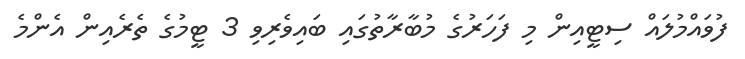
ފުވައްމުލައް ސިޓީއިން މި ފަހަރުގެ މުބާރާތުގައި ބައިވެރިވި 3 ޓީމުގެ ތެރެއިން އެންމެ